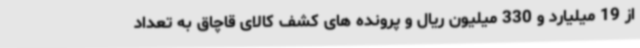
از 19 میلیارد و 330 میلیون ریال و پرونده های کشف کالای قاچاق به تعداد